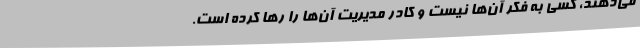
می‌دهند، کسی به فکر آن‌ها نیست و کادر مدیریت آن‌ها را رها کرده است.